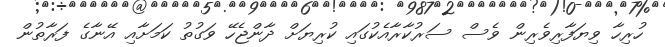
ހުރިހާ ވިޔަފާރިވެރިން ވެސް ސަރުކާރާއެކުގައި ކުރިޔަށް ދާންޖެހޭ ވަގުތު ކަމަށާއި އޭނާގެ ފަރާތުން